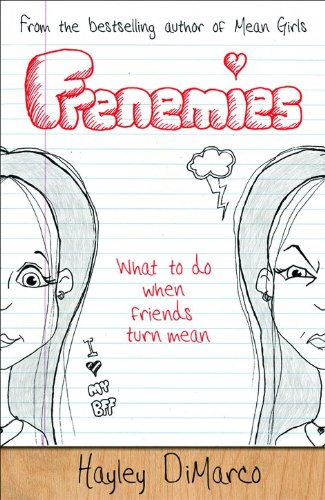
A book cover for Frenemies: What to Do When Friends Turn Mean; Hayley DiMarco; Teen & Young Adult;